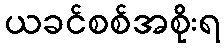
ယခင်စစ်အစိုးရ